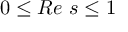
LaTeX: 0 \leq R e \ s \leq 1